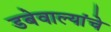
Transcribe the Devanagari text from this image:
डबेवाल्यांचे